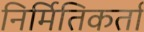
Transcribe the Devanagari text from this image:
निर्मितिकर्ता